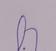
Signature authenticity: forged